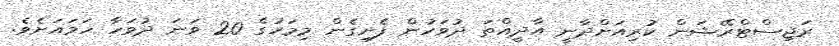
ރަޖިސްޓްރޭޝަން ކުރިއަށްދާނީ އާދީއްތަ ދުވަހުން ފެށިގެން މިމަހުގެ 20 ވަނަ ދުވަހާ ހަމައަށެވެ.